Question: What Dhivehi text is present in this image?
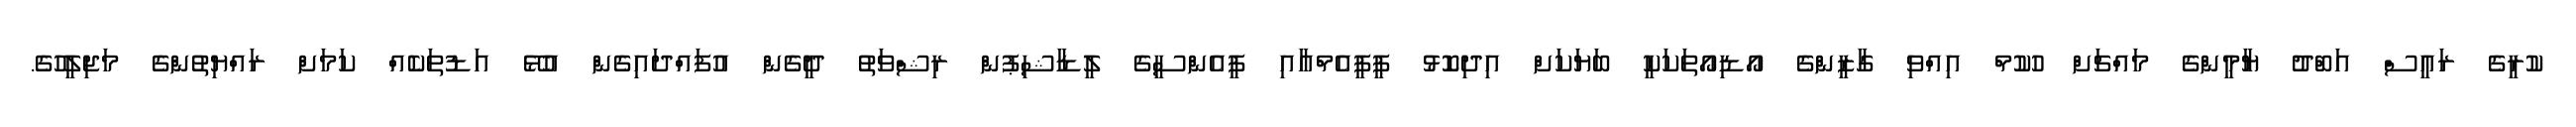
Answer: ކުރީގެ ރައީސް އަބްދު ޔާމީންގެ މައްޗަށް ހުކުމް އިއްވި ގާޒީންގެ އޯޑިއޯތަކަކީ ބަޔަކަށް އިދިކޮޅު ޕީޕީއެމްއާއި ޕީއެންސީގެ ލީޑާޝިޕުން ރިޝްވަތު ދީގެން އުފައްދައިގެން އުޅޭ އަޑުތަކެއް ކަމަށް ރައްޔިތުންގެ މަޖިލީހުގެ.